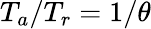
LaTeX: T_{a}/T_{r}=1/\theta